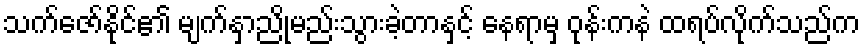
သက်ဇော်နိုင်၏ မျက်နှာညိုမည်းသွားခဲ့တာနှင့် နေရာမှ ဝုန်းကနဲ ထရပ်လိုက်သည်က